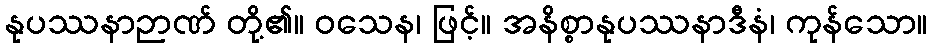
နုပဿနာဉာဏ် တို့၏။ ဝသေန၊ ဖြင့်။ အနိစ္စာနုပဿနာဒီနံ၊ ကုန်သော။